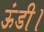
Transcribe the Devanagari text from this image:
ऊंडी।